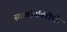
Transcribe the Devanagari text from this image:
स्वातंत्र्यविरोधी